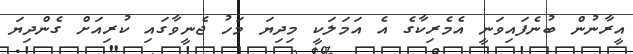
އީރާނުން ބުނެފައިވަނީ އެމެރިކާގެ އެ އަމަލަކީ މިދިޔަ މަހު ޖެނީވާގައި ކުރިއަށް ގެންދިޔަ